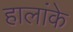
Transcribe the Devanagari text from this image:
हालांके